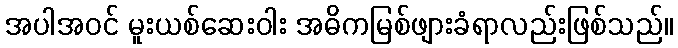
အပါအဝင် မူးယစ်ဆေးဝါး အဓိကမြစ်ဖျားခံရာလည်းဖြစ်သည်။